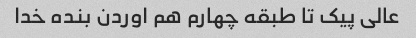
عالی پیک تا طبقه چهارم هم اوردن بنده خدا